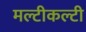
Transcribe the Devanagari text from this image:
मल्टीकल्टी